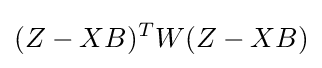
(Z-XB)^{T}W(Z-XB)